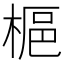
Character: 𪲲